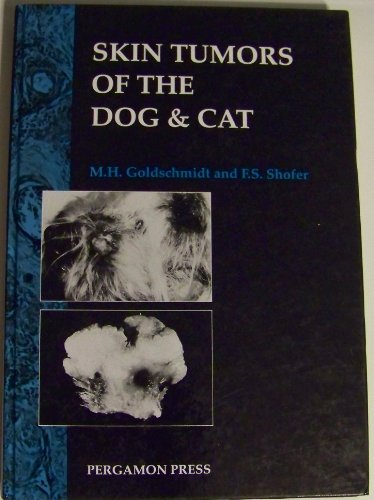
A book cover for Skin Tumors of the Dog & Cat (Pergamon Veterinary Handbook Series); Frances S. Shofer; Medical Books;